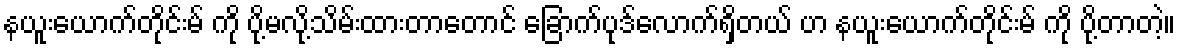
နယူးယောက်တိုင်းမ် ကို ပို့မလို့သိမ်းထားတာတောင် ခြောက်ပုဒ်လောက်ရှိတယ် ဟ နယူးယောက်တိုင်းမ် ကို ပို့တာတဲ့။